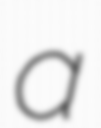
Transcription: a